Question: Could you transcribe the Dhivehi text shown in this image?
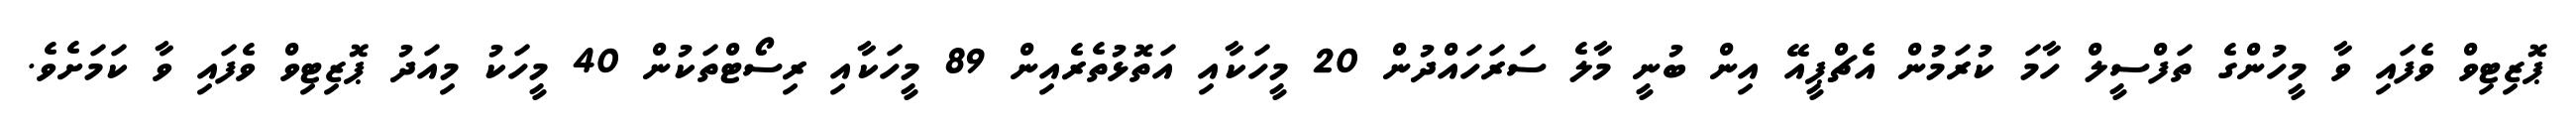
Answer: ޕޮޒިޓިވް ވެފައި ވާ މީހުންގެ ތަފްސީލް ހާމަ ކުރަމުން އެޗްޕީއޭ އިން ބުނީ މާލެ ސަރަހައްދުން 20 މީހަކާއި އަތޮޅުތެރެއިން 89 މީހަކާއި ރިސޯޓްތަކުން 40 މީހަކު މިއަދު ޕޮޒިޓިވް ވެފައި ވާ ކަމަށެވެ.